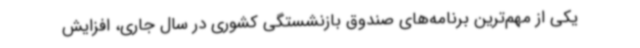
یکی از مهم‌ترین برنامه‌های صندوق بازنشستگی کشوری در سال جاری، افزایش